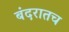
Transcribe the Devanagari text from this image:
बंदरातच